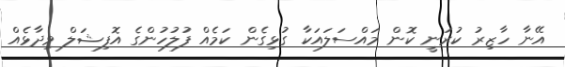
އޭނާ ހާޒިރު ކުރަނީ ކޮން މައްސަލައަކާ ގުޅިގެން ކަމެއް ފުލުހުންގެ އޮފިޝަލް ވިދާޅެއް